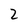
Character: 2